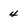
Character: 4